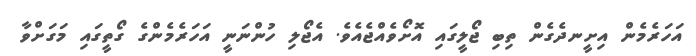
އަހަރެމެން އިށީނދެގެން ތިބި ޖޯލީގައި އޮށޯވެއްޖެއެވެ. އެޖޯލި ހުންނަނީ އަހަރެމެންގެ ގޯތީގައި މަގަށްވާ